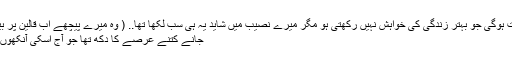
کون سی عورت ہوگی جو بہتر زندگی کی خواہش نہیں رکھتی ہو مگر میرے نصیب میں شاید یہ ہی سب لکھا تھا.. ( وہ میرے پیچھے اب قالین پر بیٹھ چکی تھی )
جانے کتنے عرصے کا دکھ تھا جو آج اسکی آنکھوں سے رواں تھا۔